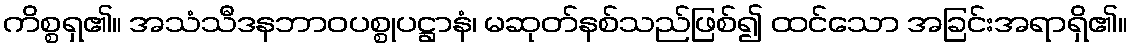
ကိစ္စရှ၏။ အသံသီဒနဘာဝပစ္စုပဋ္ဌာနံ၊ မဆုတ်နစ်သည်ဖြစ်၍ ထင်သော အခြင်းအရာရှိ၏။